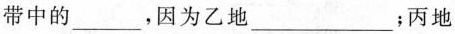
带中的___，因为乙地___；丙地